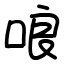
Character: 哴